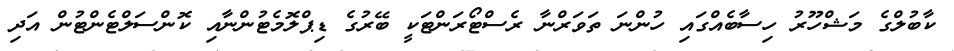
ކާބުލްގެ މަޝްހޫރު ހިސާބެއްގައި ހުންނަ ތަވަރްނާ ރެސްޓޯރަންޓަކީ ބޭރުގެ ޑިޕްލޮމެޓުންނާއި ކޮންސަލްޓެންޓުން އަދި